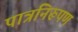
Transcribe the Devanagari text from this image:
पात्रनिरूपण